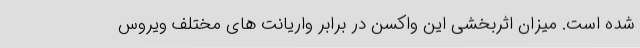
شده است. میزان اثربخشی این واکسن در برابر واریانت های مختلف ویروس